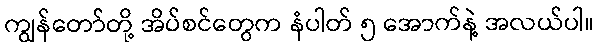
ကျွန်တော်တို့ အိပ်စင်တွေက နံပါတ် ၅ အောက်နဲ့ အလယ်ပါ။